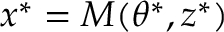
x ^ { * } = M ( \theta ^ { * } , z ^ { * } )